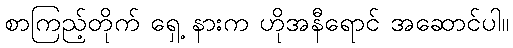
စာကြည့်တိုက် ရှေ့ နားက ဟိုအနီရောင် အဆောင်ပါ။